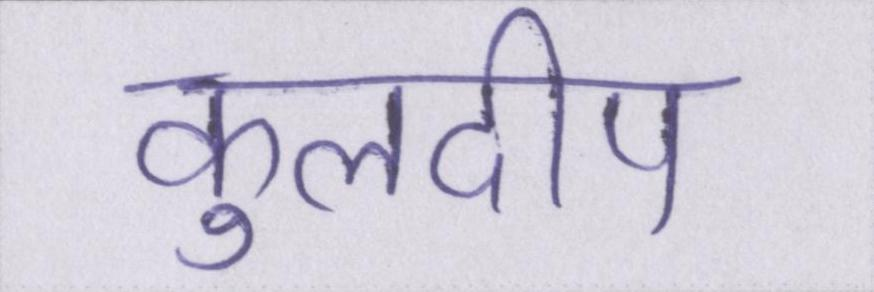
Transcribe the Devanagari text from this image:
कुलदीप